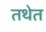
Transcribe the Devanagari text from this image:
तथेत